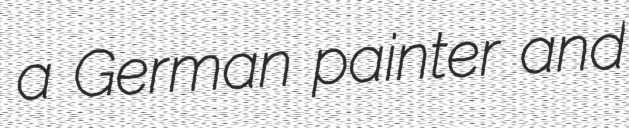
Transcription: a German painter and